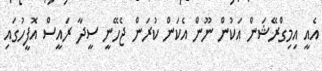
އެއީ އިމިގްރޭޝަން އަކުން ނޫން އެކަން ކުރަން ޖެހޭނީ ސީދާ ރައީސް އޮފީހުގައި